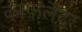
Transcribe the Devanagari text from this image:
काफ़लेदर